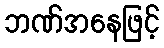
ဘဏ်အနေဖြင့်